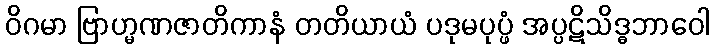
ဝိဂမာ ဗြာဟ္မဏဇာတိကာနံ တတိယာယံ ပဒုမပုပ္ဖံ အပ္ပဋိသိဒ္ဓဘာဝေါ